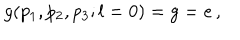
g ( p _ { 1 } , p _ { 2 } , p _ { 3 } ; l = 0 ) = g = e \, ,